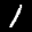
Label: 1